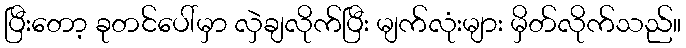
ပြီးတော့ ခုတင်ပေါ်မှာ လှဲချလိုက်ပြီး မျက်လုံးများ မှိတ်လိုက်သည်။